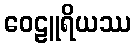
ဝေဠူရိယဿ